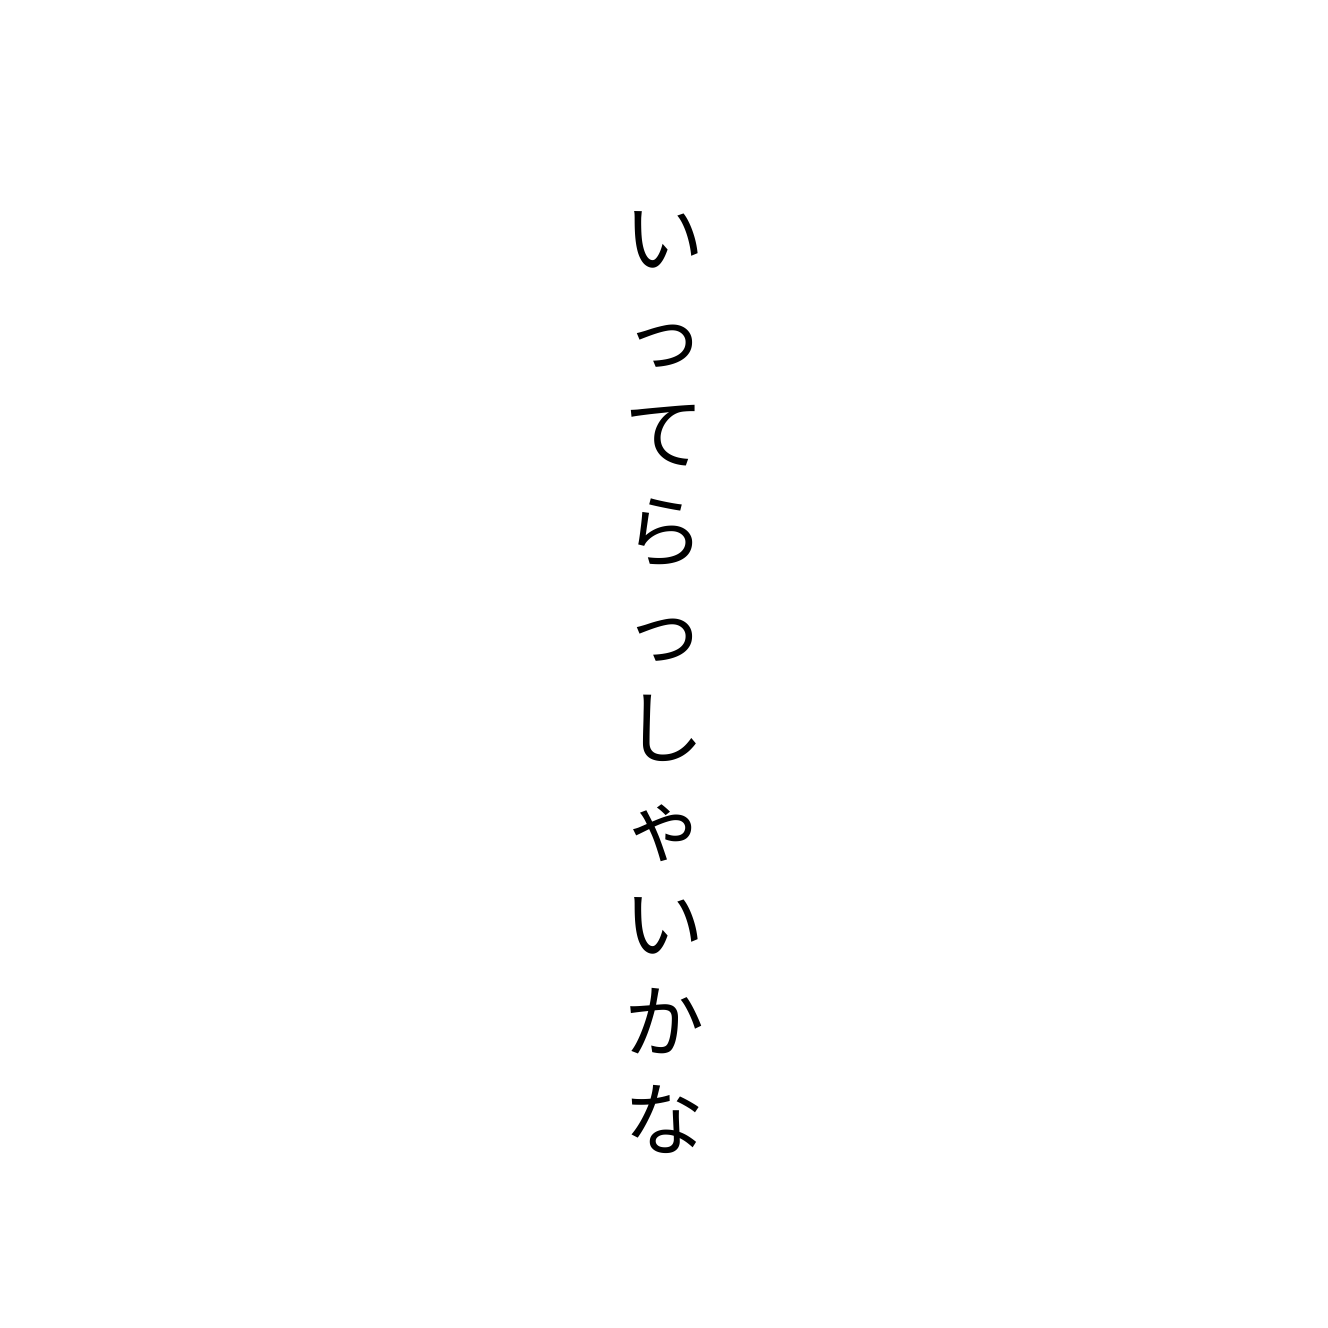
いってらっしゃいかな